Jaan_Tonisson_(Lasteleht), lk 70
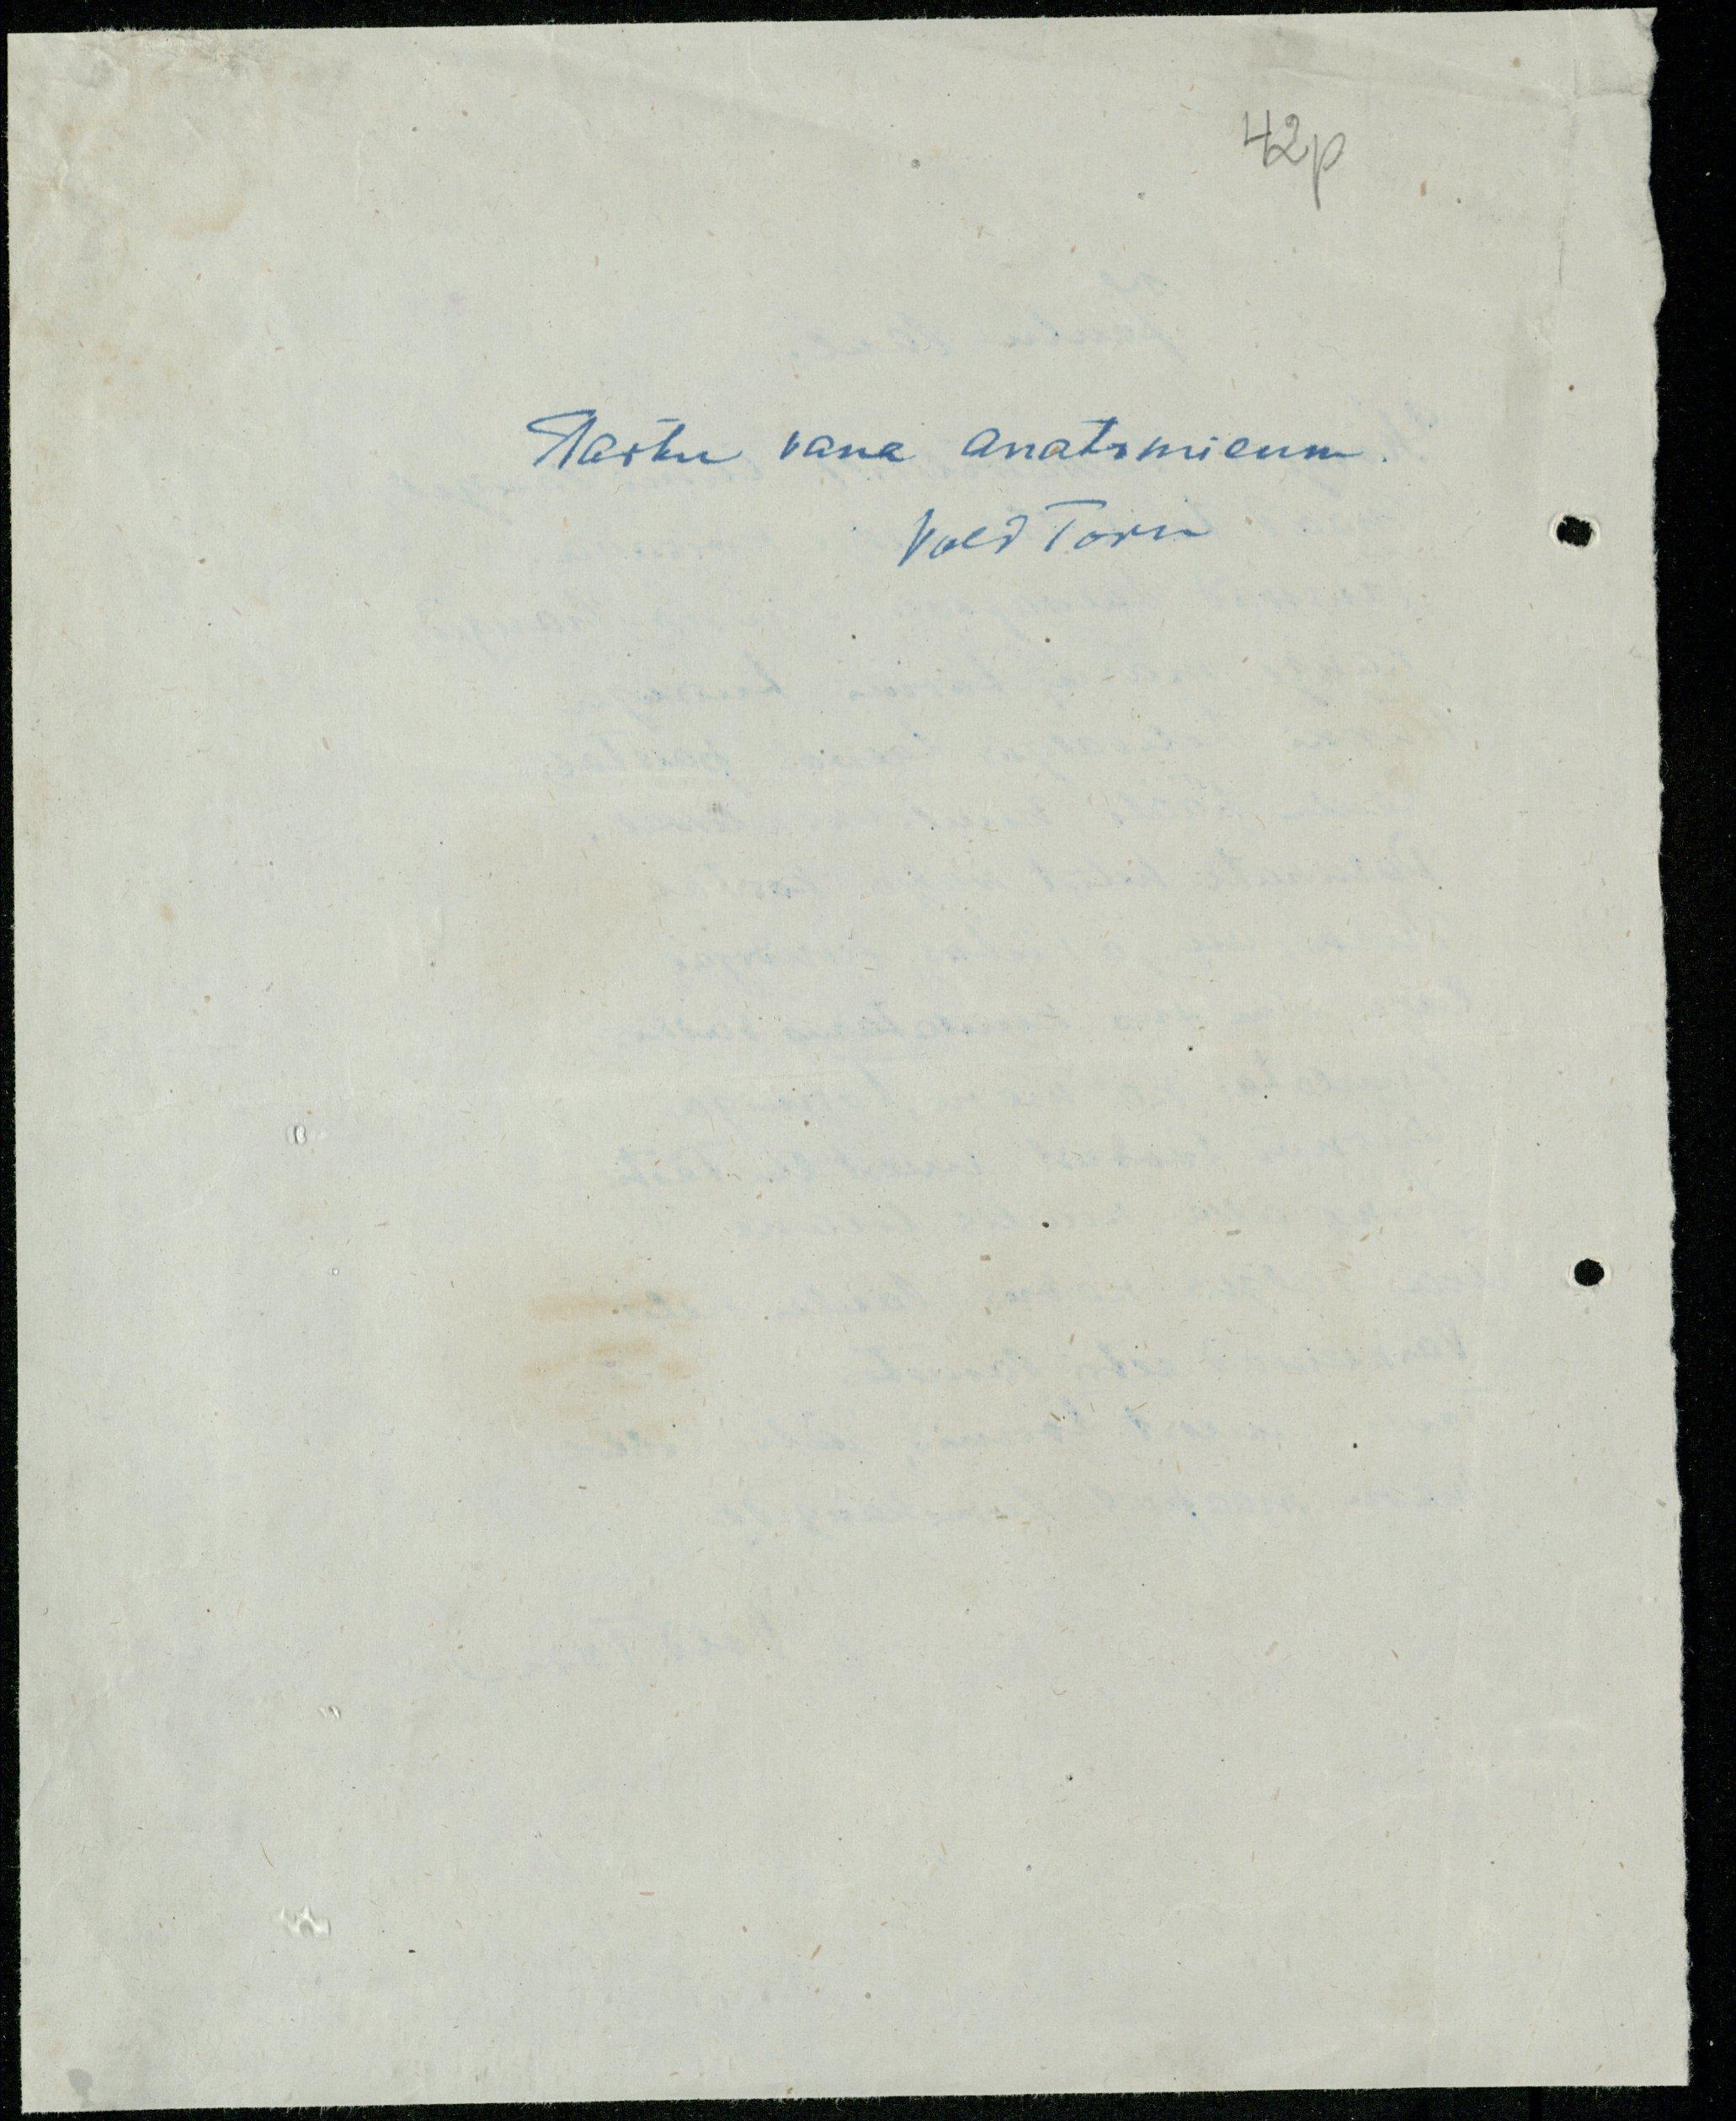
42p
Tartu vana anatomicum
Vold Toru